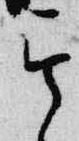
其